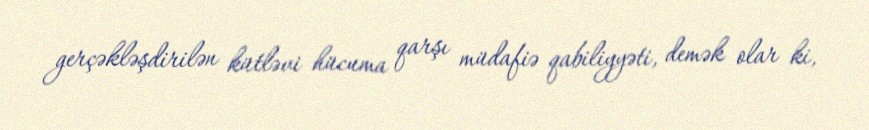
gerçəkləşdirilən kütləvi hücuma qarşı müdafiə qabiliyyəti, demək olar ki,